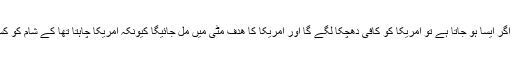
تجزیہ نگارو کا کہنا ہے اگر ایسا ہو جاتا ہے تو امریکا کو کافی دھچکا لگے گا اور امریکا کا ھدف مٹی میں مل جائیگا کیونکہ امریکا چاہتا تھا کے شام کو کسی طرح تقسیم کیا جائے۔